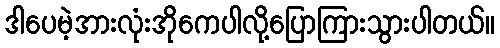
ဒါပေမဲ့အားလုံးအိုကေပါလို့ပြောကြားသွားပါတယ်။